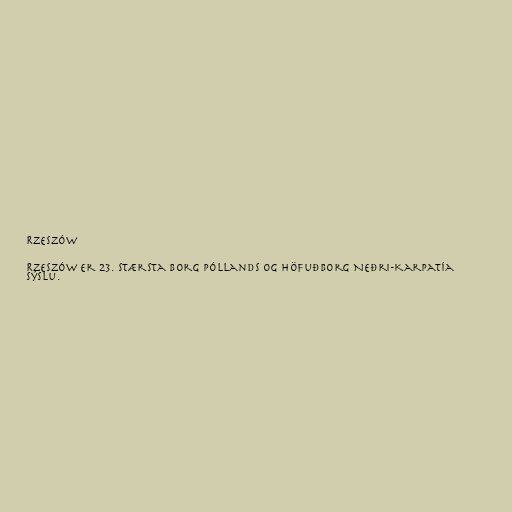
Rzeszów

Rzeszów er 23. stærsta borg Póllands og höfuðborg Neðri-Karpatía
sýslu.